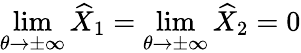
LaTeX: \operatorname*{lim}_{\theta\rightarrow\pm\infty}\widehat{X}_{1}=\operatorname*{lim}_{\theta\rightarrow\pm\infty}\widehat{X}_{2}=0